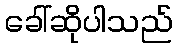
ခေါ်ဆိုပါသည်